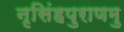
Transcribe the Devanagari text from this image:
नृसिंहपुराणमु